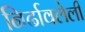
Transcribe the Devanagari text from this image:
निर्ढावलेली